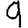
Digit: 9